Annual administration report of the Civil Veterinary Department of India - 1893-1894
Year: 1893
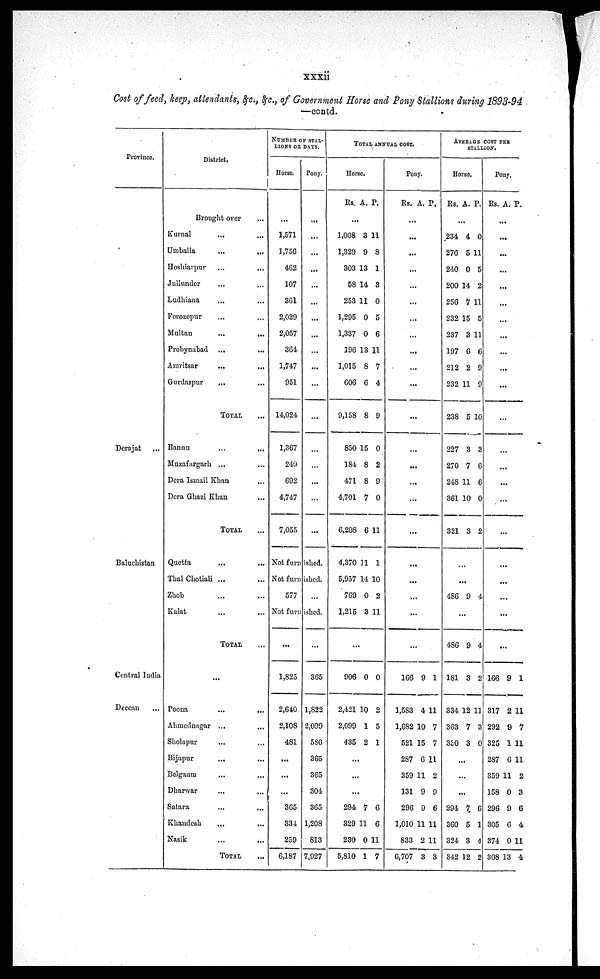
xxxii
Cost of feed, keep, attendants, &c., &c., of Government Horse and Pony Stallions during 1893-94
—contd.
Province.
Derajat ...
Baluchistan
Central India
Deccan
...
District.
Brought over ...
Kurnal ... ...
Umballa
...
...
Hoshiarpur ... ...
Jullunder ... ...
Ludhiana ... ...
Ferozepur ... ...
Multan ... ...
Probynabad ... ...
Amritsar ... ...
Gurdaspur
... ...
TOTAL ...
Bannu ... ...
Muzafargarh ... ...
Dera Ismail Khan ...
Dera Ghazi Khan ...
TOTAL ...
Quetta ... ...
Thal Chotiali ... ...
Zhob ... ...
Kalat ... ...
TOTAL ...
...
Poona ... ...
Ahmednagar ... ...
Sholapur ... ...
Bijapur
...
...
Belgaum ... ...
Dharwar ... ...
Satara ... ...
Khandesh
... ...
Nasik ... ...
TOTAL ...
NUMBER OF STAL-
----- OF DAYS.
Horse.
...
1,571
1,756
462
107
361
2,029
2,057
364
1,747
951
14,024
1,367
249
692
4,747
7,055
Pony.
...
...
...
...
...
...
...
...
...
...
...
...
...
...
...
...
...
Not furnished.
Not furnished.
577
...
Not furnished.
...
1,825
2,640
2,108
481
...
...
...
365
334
259
6,187
...
365
1,822
2,099
586
365
365
304
365
1,208
813
7,927
TOTAL ANNUAL COST.
Horse.
Rs. A. P.
...
1,008
1,329
303
58
253
1,295
1,337
196
1,015
606
9,158
850
184
471
4,701
6,208
4,370
5,957
769
1,215
3
9
13
14
11
0
0
13
8
6
8
15
8
8
7
6
11
14
0
3
11
8
1
3
0
5
6
11
7
4
9
0
2
9
0
11
1
10
2
11
...
906
2,421
2,099
435
0
10
1
2
0
2
5
1
...
...
...
294
329
230
5,810
7
11
0
1
6
6
11
7
Pony.
Rs. A. P.
...
...
...
...
...
...
...
...
...
...
...
...
...
...
...
...
...
...
...
...
...
...
166
1,583
1,682
521
287
359
131
296
1,010
833
6,707
9
4
10
15
6
11
9
9
11
2
3
l
11
7
7
11
2
9
6
11
11
3
AVERAGE COST PER
STALLION.
Horse.
Rs. A. P.
...
234
276
240
200
256
232
237
197
212
232
238
227
270
248
361
321
4
5
0
14
7
15
3
6
2
11
5
3
7
11
10
3
0
11
5
2
11
5
11
6
9
9
10
3
6
6
0
2
...
...
486 9 4
...
486
181
334
363
330
9
3
12
7
3
4
2
11
3
0
...
...
...
294
360
324
342
7
5
3
12
6
1
4
2
Pony.
Rs. A. P.
...
...
...
...
...
...
...
...
...
...
...
...
...
...
...
...
...
...
...
...
...
...
166
317
292
325
287
359
158
296
305
374
308
9
2
9
1
6
11
0
9
6
0
13
1
11
7
11
11
2
3
6
4
11
4